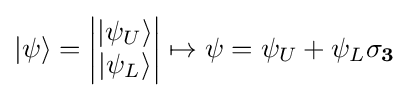
|\psi \rangle ={\begin{vmatrix}|\psi _{U}\rangle \\|\psi _{L}\rangle \end{vmatrix}}\mapsto \psi =\psi _{U}+\psi _{L}\mathbf {\sigma _{3}}